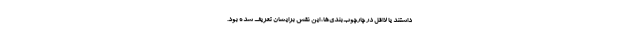
داشتند یا لااقل در چارچوب‌بندی‌ها، این نقش برایشان تعریف شده بود.